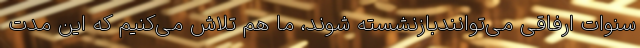
سنوات ارفاقی می‌توانندبازنشسته شوند، ما هم تلاش می‌کنیم که این مدت